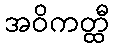
အဝိကတ္ထီ